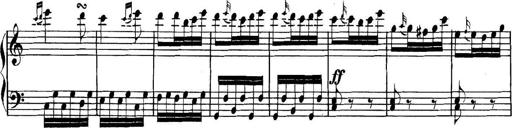
Title: Collected Piano Sonatas
Composer: Muzio Clementi